Calcutta medical institutions reports 1879-81 [i.e.91]
Year: 1879
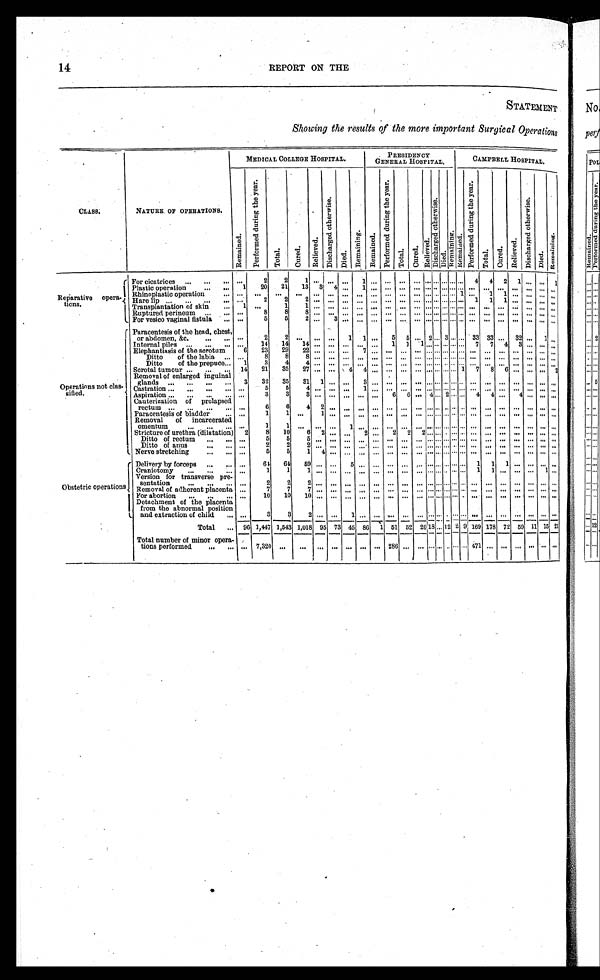
14
REPORT ON THE
STATEMENT
Showing the results of the more important Surgical Operations
C L A S S .
NATURE OF OPERATIONS.
MEDICAL COLLEGE HOSPITAL.
PRESIDENCY
GENERAL HOSPITAL.
CAMPBELL HOSPITAL
R e m a i n e d .
P e r f o r m e d d u r i n g t h e y e a r .
T o t a l .
C u r e d .
Re l i e v e d .
D i s c h a r g e d o t h e r w i s e .
Died. Re ma i n i n g . Remai ned. P e r f o r m e d d u r i n g t h e y e a r .
Total. Cured.
R e l i e v e d .
D i s c h a r g e d o t h e r w i s e .
D i e d . R e m a i n i n g . R e m a i n e d . P e r f o r m e d d u r i n g t h e y e a r .
T o t a l .
Cured. Rel i eved. D i s c h a r g e d o t h e r w i s e . Died.
R e m a i n i n g .
Reparative opera-
tions.
For cicatrices . . .
. . .
2
2
1 . . .
. . . . . .
. . . . . . 4
4
2
1 . . . . . . . . . . . .
4
4
2
1 . . . . . . 1
Plastic operation . . .
1
20
21
13
3
4 . . . 1
. . . . . . . . . . . .
. . . . . . . . . . . . . . . . . .
. . .
. . .
. . .. . . . . .
. . .
Rhinoplastic operation . . .
. . .
. . .
. . .
. . .
. . .
. . .. . . . . . . . . . . . . . . . . .
. . . . . . . . . . . . 1 . . .
1
1
1 . . .. . . . . .
. . .
Hare lip . . .
. . .
2
2
2
. . .
. . .. . . . . . . . . . . . . . . . . .
. . . . . . . . . . . . . . . 1
1
1
. . .. . . . . .
. . .
Transplantation of skin . . .
1 . . . .
1
1
. . .
. . .. . . . . . . . . . . . . . . . . .
. . . . . . . . . . . . . . . . . .
. . .. . .
. . . . . . . . .
. . .
Ruptured perineum . . .
. . .
8
8
8
. . . . . .
. . . . . . . . . . . . . . . . . .
. . . . . . . . . . . . . . . . . .
. . .. . .
. . .. . . . . .
. . .
For vesico vaginal fistula . . .
. . .
5
5
2 . . .
3 . . . . . . . . . . . . . . . . . .
. . . . . . . . . . . . . . . . . .
. . .. . .
. . .. . . . . .
. . .
Operations not clas-
sified.
Paracentesis of the head, chest,
or abdomen, &c . . . .
. . .
2
2 . . .
. . . . . .
1
1 . . .
5
5 . . . 2
. . . 3
. . .
. . .
33
3 3 . . .
3 2 . . .
1 . . .
Internal piles . . .
. . .
14
14
14 . . . . . . . . . . . . . . .
1
1
1 . . . . . . . . . . . . . . .
7
7
4
3 . . . . . .
. . .
Elephantiasis of the scrotum
6
23
29
22 . . . . . . . . .
7 . . . . . . . . . . . .
. . . . . . . . .
. . . . . . . . .
. . .
. . . . . . . . . . . .
. . .
Ditto of the labia . . . . . .
8
8
8 . . . . . . . . .
. . .. . . . . . . . . . . .
. . . . . . . . . . . . . . .. . .
. . . . . . . . . . . . . . .
. . .
Ditto of the prepuce . . .
1
3
4
4 . . . . . . . . .
. . .. . . . . . . . . . . .
. . . . . . . . . . . . . . .. . .
. . . . . . . . . . . . . . .
. . .
Scrotal tumour . . .
14
21
35
27 . . . . . . 4
4 . . . . . . . . . . . .
. . . . . . . . . . . . 1
'7
8
6 . . . . . . . . .
2
Removal of enlarged inguinal
glands . . .
3
32
35
31
1 . . . . . .
3
. . .
. . .
. . . . . .
. . . . . . . . .
. . . . . . . . .
. . .
. . .. . . . . . . . .
. . .
Castration . . .
. . .
5
5
4
. . .. . . . . .
1 . . . . . . . . . . . .
. . . . . . . . . . . . . . . . . .
. . .
. . .. . . . . . . . .
. . .
Aspiration . . .
. . .
3
3
3 . . . . . . . . . . . . . . .
6
6 . . . 4
. . . 2
. . . . . . 4
4 . . .
4 . . . . . .
. . .
Cauterization of prolapsed
rectum . . .
. . .
6
6
4 2
. . . . . . . . . . . .
. . . . . .. . .
. . . . . . . . . . . . . . . . . .
. . .. . .
. . .. . . . . .
. . .
Paracentesis of bladder . . .
. . .
1
1 . . .
1
. . . . . . . . . . . .
. . . . . .. . .
. . . . . . . . . . . . . . . . . .
. . .. . .
. . .. . . . . .
. . .
Removal of incarcerated
omentum . . .
. . .
1
1
. . . . . . . . . 1
. . . . . .
. . . . . .. . .
. . . . . . . . . . . . . . . . . .
. . .. . .
. . .. . . . . .
. . .
Stricture of urethra (dilatation)
2
8
10
6
2 . . . . . .
2 . . .
2
2
2 . . . . . . . . . . . . . . . . . .
. . . . . . . . . . . . . . .
. . .
Ditto of rectum . . .
. . .
5
5
5
. . .. . . . . .
. . .. . .
. . . . . .
. . . . . . . . . . . . . . . . . .. . .
. . .. . . . . . . . . . . .
. . .
Ditto of anus . . .
. . .
2
2
2
. . .. . . . . .
. . .. . .
. . . . . .
. . . . . . . . . . . . . . . . . .. . .
. . .. . . . . . . . . . . .
. . .
Nerve stretching . . .
. . .
5
5
1
4 . . . . . .
. . .. . .
. . . . . .
. . . . . . . . . . . . . . . . . .. . .
. . .. . . . . . . . . . . .
. . .
Obstetric operations
Delivery by forceps . . .
. . .
64
64
59 . . . . . .
5 . . . . . . . . . . . .
. . . . . . . . . . . . . . . . . .1
1 1
. . . . . . . . .
. . .
Craniotomy . . .
. . .
1
1
1 . . . . . .
. . .. . . . . . . . . . . .
. . . . . . . . . . . . . . . . . .1
1 . . . . . . . . . 1
. . .
Version for transverse pre-
sentation . . .
. . .
2
2
2 . . . . . .
. . .. . . . . . . . . . . .
. . . . . . . . . . . . . . . . . .. . .
. . .. . . . . . . . . . . .
. . .
Removal of adherent Placenta
. . .
7
7
7 . . . . . .
. . .. . . . . . . . . . . .
. . . . . . . . . . . . . . . . . .. . .
. . .. . . . . . . . . . . .
. . .
For abortion . . .
. . .
10
10
10 . . . . . . . . . . . . . . . . . . . . . . . .
. . . . . . . . . . . . . . . . . .
. . . . . . . . . . . . . . .
. . .
Detachment of the placenta
from the abnormal position
and extraction of child . . .
. . .
3
3
2
. . . . . . 1
. . . . . . . . . . . .
. . .
. . .
. . . . . . . . . . . .. . .
. . .. . . . . . . . .
. . .
. . .
Total . . . 96
1 , 4 4 7 1,543 1,018 95 73 45 86
1 51 52 20
1 8
. . . 12 2 9 169 178 72 59 11 15 21
Total number of minor opera-
tions performed . . .
. . .
7 , 3 2 0
. . .
. . .. . . . . . . . . . . . . . . 286 . . . . . .
. . .
. . . . . . . . . . . .
4 7 1
. . .
. . . . . . . . . . . .
. . .